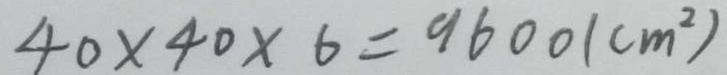
4 0 \times 4 0 \times 6 = 9 6 0 0 ( c m ^ { 2 } )